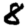
Digit: 8